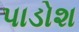
પાડોશ